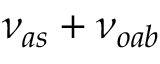
\nu _ { a s } + \nu _ { o a b }